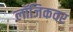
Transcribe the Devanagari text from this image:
लॉजिकवर